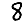
Digit: 8